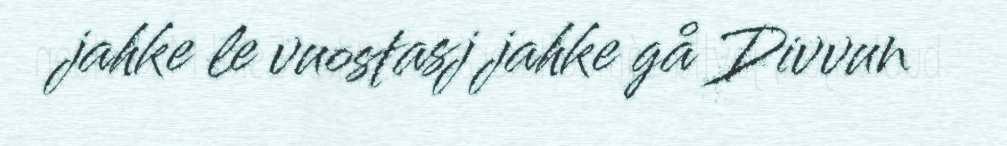
jahke le vuostasj jahke gå Divvun